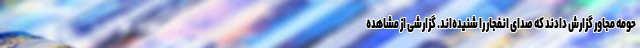
حومه مجاور گزارش دادند که صدای انفجار را شنیده‌اند. گزارشی از مشاهده